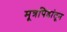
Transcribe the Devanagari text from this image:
मूत्रपिंडांतून